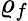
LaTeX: \varrho_{f}